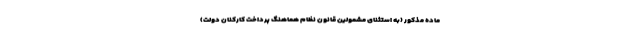
ماده مذکور (به استثنای مشمولین قانون نظام هماهنگ پرداخت کارکنان دولت)